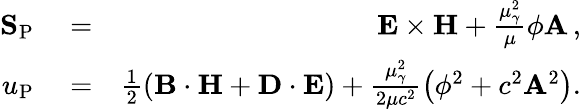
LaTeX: \begin{array}{rlr}{{\mathbf S}_{\mathrm{P}}}&{{}=}&{{\mathbf E}\times{\mathbf H}+\frac{\mu_{\gamma}^{2}}{\mu}\phi{\mathbf A}\, ,}\\ {u_{\mathrm{P}}}&{{}=}&{\frac{1}{2}\left({\mathbf B}\cdot{\mathbf H}+{\mathbf D}\cdot{\mathbf E}\right)+\frac{\mu_{\gamma}^{2}}{2\mu c^{2}}\left(\phi^{2}+c^{2}{\mathbf A}^{2}\right).}\end{array}